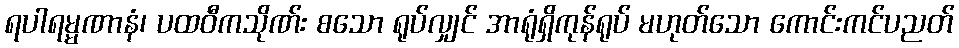
ရပါရမ္မဏာနံ၊ ပထဝီကသိုဏ်း စသော ရုပ်လျှင် အာရုံရှိကုန်ရုပ် မဟုတ်သော ကောင်းကင်ပညတ်